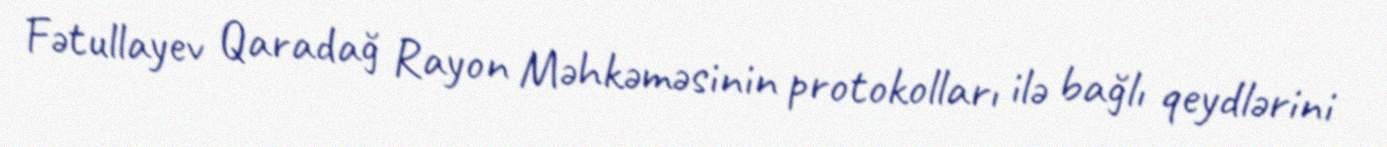
Fətullayev Qaradağ Rayon Məhkəməsinin protokolları ilə bağlı qeydlərini